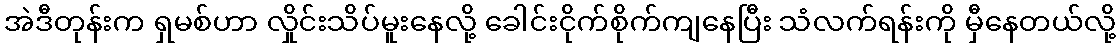
အဲဒီတုန်းက ရှမစ်ဟာ လှိုင်းသိပ်မူးနေလို့ ခေါင်းငိုက်စိုက်ကျနေပြီး သံလက်ရန်းကို မှီနေတယ်လို့